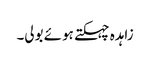
زاہدہ چہکتے ہوئے بولی۔